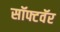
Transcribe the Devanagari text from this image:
सॉफ्टवॅर